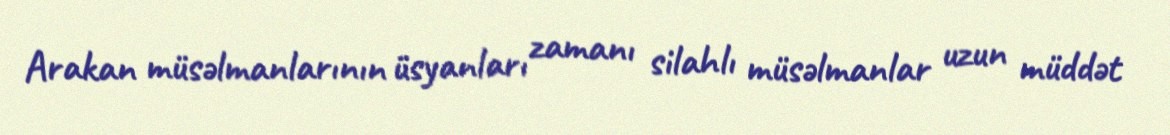
Arakan müsəlmanlarının üsyanları zamanı silahlı müsəlmanlar uzun müddət